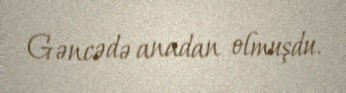
Gəncədə anadan olmuşdu.